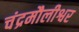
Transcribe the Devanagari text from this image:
चंद्रमौलीश्वर